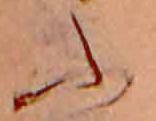
ふ